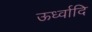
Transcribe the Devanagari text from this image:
ऊर्ध्वादि